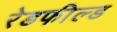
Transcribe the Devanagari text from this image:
रेडफील्ड